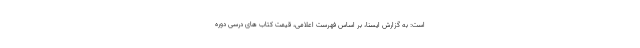
است: به گزارش ایسنا، بر اساس فهرست اعلامی، قیمت کتاب های درسی دوره